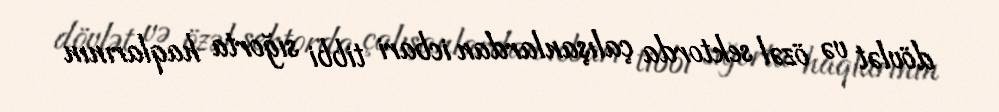
dövlət və özəl sektorda çalışanlardan icbari tibbi sığorta haqlarının